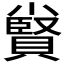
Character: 𡮷